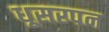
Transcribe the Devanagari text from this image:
धूसरपन